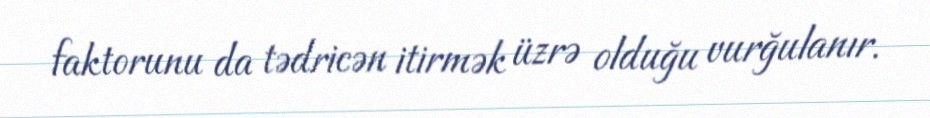
faktorunu da tədricən itirmək üzrə olduğu vurğulanır.